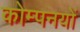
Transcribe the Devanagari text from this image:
कोम्पनयों